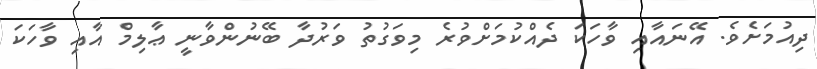
ދިއުމަށެވެ. އޭނައާއި ވާހަކަ ދެއްކުމަށްވުރެ މިވަގުތު ވަރުދާ ބޭނުންވާނީ ޢާލިމް އާއި ވާހަކަ